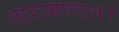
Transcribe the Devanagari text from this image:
तारामण्डल।